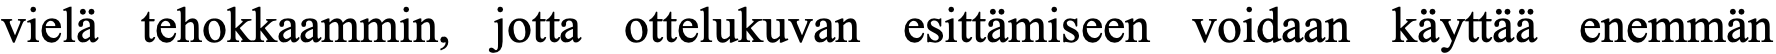
vielä tehokkaammin, jotta ottelukuvan esittämiseen voidaan käyttää enemmän